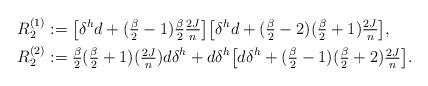
LaTeX: \begin{align*} R^{(1)}_2&:=\big[\delta^hd+(\tfrac{\beta}{2}-1)\tfrac{\beta}{2} \tfrac{2J}{n}\big] \big[\delta^hd+(\tfrac{\beta}{2}-2)(\tfrac{\beta}{2}+1)\tfrac{2J}{n}\big],\\ R^{(2)}_2&:= \tfrac{\beta}{2}(\tfrac{\beta}{2}+1)(\tfrac{2J}{n}) d\delta^h +d\delta^h\big[d\delta^h+ (\tfrac{\beta}{2}-1)(\tfrac{\beta}{2}+2)\tfrac{2J}{n} \big]. \end{align*}